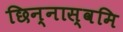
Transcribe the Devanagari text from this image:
छिन्नास्वमि